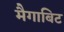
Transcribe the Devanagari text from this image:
मैगाबिट